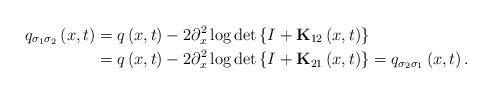
LaTeX: \begin{align*}q_{\sigma_{1}\sigma_{2}}\left( x,t\right) & =q\left( x,t\right)-2\partial_{x}^{2}\log\det\left\{ I+\mathbf{K}_{12}\left( x,t\right)\right\} \\& =q\left( x,t\right) -2\partial_{x}^{2}\log\det\left\{ I+\mathbf{K}_{21}\left( x,t\right) \right\} =q_{\sigma_{2}\sigma_{1}}\left(x,t\right) .\end{align*}